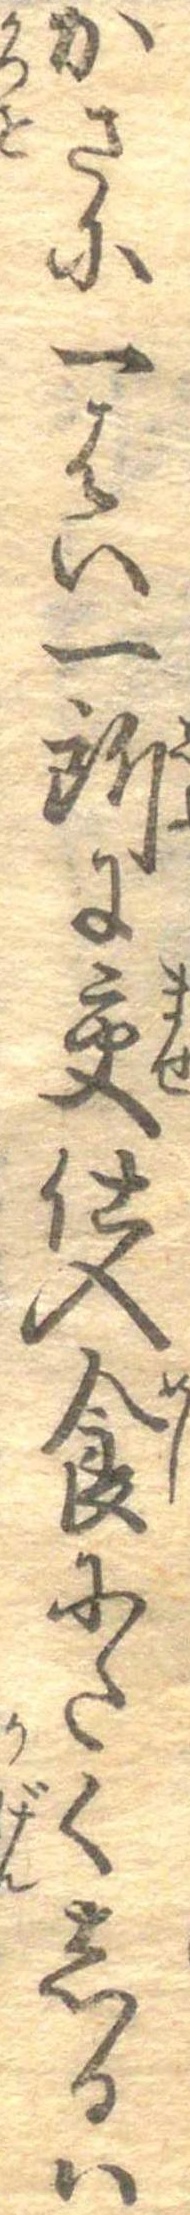
かさに一はい一所に交仕入食にたくしるは